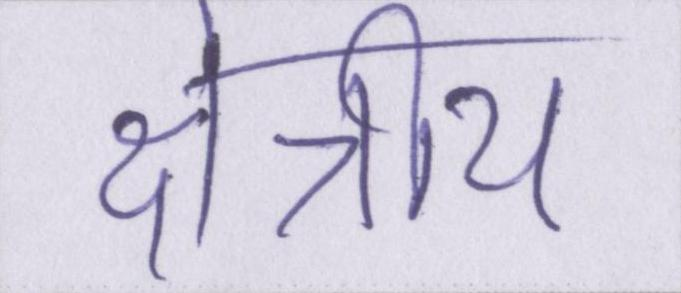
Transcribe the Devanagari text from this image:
क्षेत्रीय